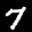
Label: 7